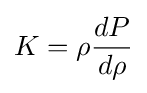
K=\rho {\frac {dP}{d\rho }}